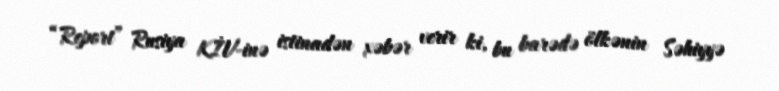
“Report” Rusiya KİV-inə istinadən xəbər verir ki, bu barədə ölkənin Səhiyyə